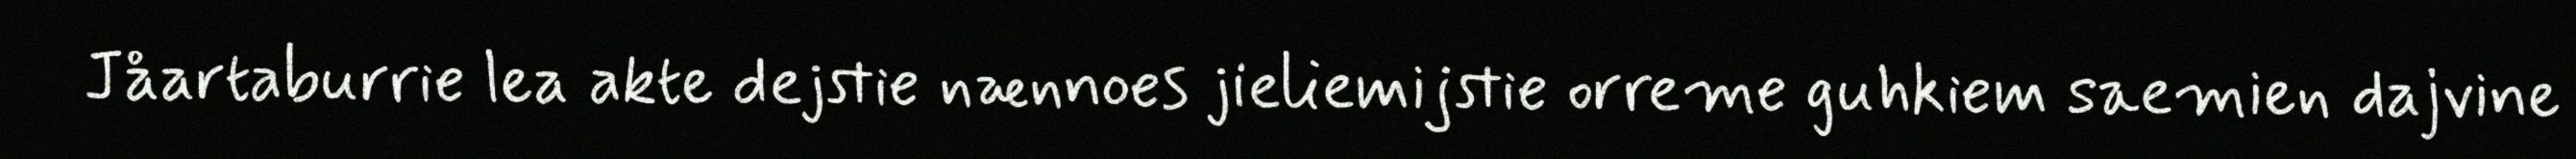
Jåartaburrie lea akte dejstie nænnoes jieliemijstie orreme guhkiem saemien dajvine